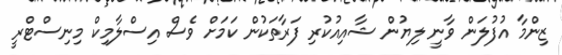
ޒިންމާ އުފުލަން ވާނީ ލިޔުން ޝާއިއުކުރި ފަރާތަކުން ކަމަށް ވެސް އިސްލާމިކް މިނިސްޓްރީ